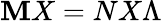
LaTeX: \mathbf{M}X=NX\Lambda